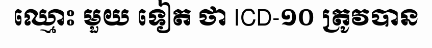
ឈ្មោះ មួយ ទៀត ថា ICD-១០ ត្រូវបាន